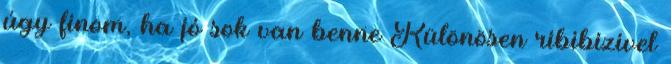
úgy finom, ha jó sok van benne Különösen ribibizivel